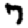
Digit: 7